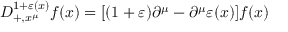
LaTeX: D _ { + , x ^ { \mu } } ^ { 1 + \varepsilon ( x ) } f ( x ) = [ ( 1 + \varepsilon ) \partial ^ { \mu } - \partial ^ { \mu } \varepsilon ( x ) ] f ( x )